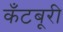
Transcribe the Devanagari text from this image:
कँटबूरी